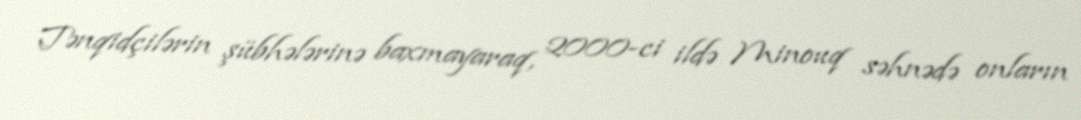
Tənqidçilərin şübhələrinə baxmayaraq, 2000-ci ildə Minouq səhnədə onların